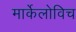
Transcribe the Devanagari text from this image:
मार्केलोविच